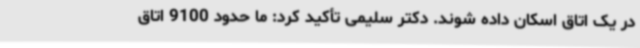
در یک اتاق اسکان داده شوند. دکتر سلیمی تأکید کرد: ما حدود 9100 اتاق